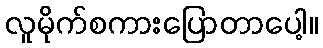
လူမိုက်စကားပြောတာပေါ့။